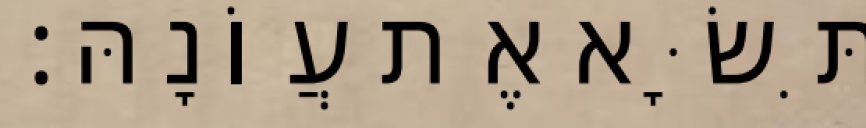
תִּשָּׂא אֶת עֲוֹנָהּ׃